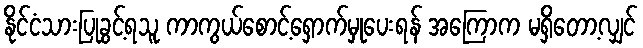
နိုင်ငံသားပြုခွင့်ရသူ ကာကွယ်စောင့်ရှောက်မှုပေးရန် အကြောက မရှိတော့လျှင်